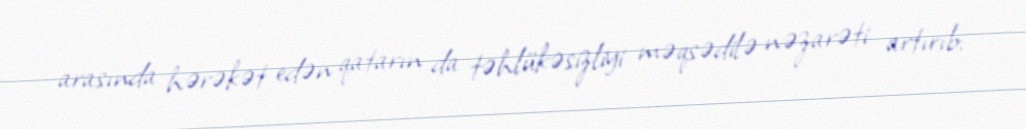
arasında hərəkət edən qatarın da təhlükəsizliyi məqsədilə nəzarəti artırıb: